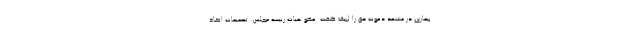
بیماری در مشهد دعوت حق را لبیک گفت. عضو هیات رییسه مجلس: تصمیمات اتخاذ